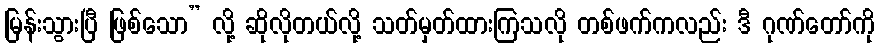
မြန်းသွားပြီ ဖြစ်သော” လို့ ဆိုလိုတယ်လို့ သတ်မှတ်ထားကြသလို တစ်ဖက်ကလည်း ဒီ ဂုဏ်တော်ကို